Triennial report on the lunatic asylums in the province of Eastern Bengal and Assam - 1903-1911
Year: 1903
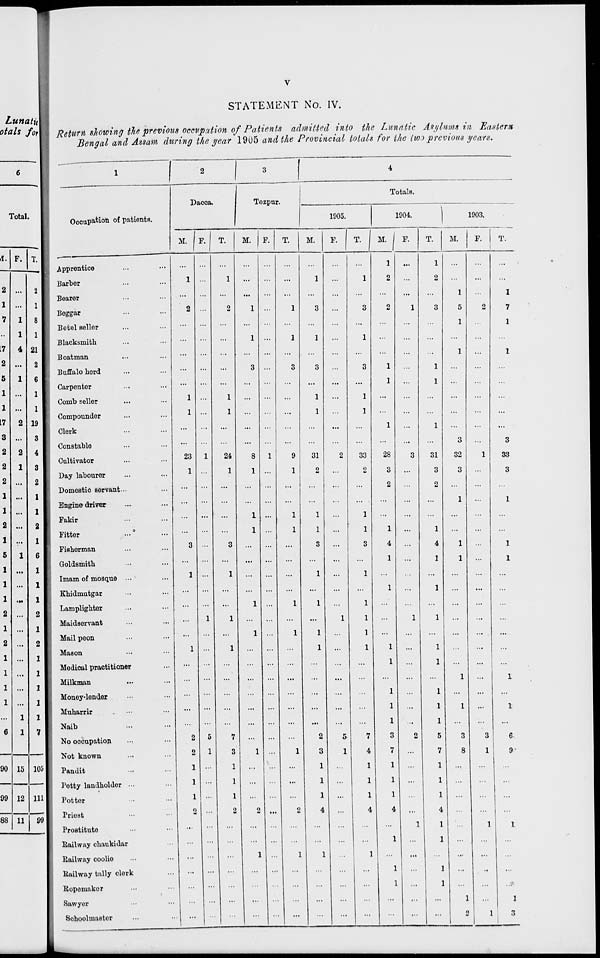
v
STATEMENT No. IV.
Return showing the previous occupation of Patients admitted into the Lunatic Asylums in Eastern
Bengal and Assam during the year 1905 and the Provincial totals for the two previous years.
1
Occupation of patients.
Apprentice ... ...
Barber ... ...
Bearer ... ...
Beggar ... ...
Betel seller ... ...
Blacksmith ... ...
Boatman ... ...
Buffalo herd ... ...
Carpenter ... ...
Comb seller ... ...
Compounder ... ...
Clerk ... ...
Constable ... ...
Cultivator ... ...
Day labourer ... ...
Domestic servant ... ...
Engine driver ... ...
Fakir ... ...
Fitter ... ...
Fisherman ... ...
Goldsmith ... ...
Imam of mosque ... ...
Khidmutgar ... ...
Lamplighter ... ...
Maidservant ... ...
Mail peon ... ...
Mason ... ...
Medical practitioner ...
Milkman ... ...
Money-lender ... ...
Muharrir ... ...
Naib ... ...
No occupation ... ...
Not known ... ...
Pandit ... ...
Petty landholder ... ...
Potter ... ...
Priest ... ...
Prostitute ... ...
Railway chaukidar ...
Railway coolie ... ...
Railway tally clerk ...
Ropemaker ... ...
Sawyer ... ...
Schoolmaster ... ...
2
Dacca.
M.
...
1
...
2
...
...
...
...
...
1
1
...
...
23
1
...
...
...
...
3
...
1
...
...
...
...
1
...
...
...
...
...
2
2
1
1
1
2
...
...
...
...
...
...
...
F.
...
...
...
...
...
...
...
...
...
...
...
...
...
1
...
...
...
...
...
...
...
...
...
...
1
...
...
...
...
...
...
...
5
1
...
...
...
...
...
...
...
...
...
...
...
T.
...
1
...
2
...
...
...
...
...
1
1
...
...
24
1
...
...
...
...
3
...
1
...
...
1
...
1
...
...
...
...
...
7
3
1
1
1
2
...
...
...
...
...
...
...
3
Tezpur.
M.
...
...
...
1
...
1
...
3
...
...
...
...
...
8
1
...
...
1
1
...
...
...
...
1
...
1
...
...
...
...
...
...
...
1
...
...
...
2
...
...
1
...
...
...
...
F.
...
...
...
...
...
...
...
...
...
...
...
...
...
1
...
...
...
...
...
...
...
...
...
...
...
...
...
...
...
...
...
...
...
...
...
...
...
...
...
...
...
...
...
...
...
T.
...
...
...
1
...
1
...
3
...
...
...
...
...
9
1
...
...
1
1
...
...
...
...
1
...
1
...
...
...
...
...
...
...
1
...
...
...
2
...
...
1
...
...
...
...
4
Totals.
1905.
M.
...
1
...
3
...
1
...
3
...
1
1
...
...
31
2
...
...
1
1
3
...
1
...
1
...
1
1
...
...
...
...
...
2
3
1
1
1
4
...
...
1
...
...
...
...
F.
...
...
...
...
...
...
...
...
...
...
...
...
...
2
...
...
...
...
...
...
...
...
...
...
1
...
...
...
...
...
...
...
5
1
...
...
...
...
...
...
...
...
...
...
...
T.
...
1
...
3
...
1
...
3
...
1
1
...
...
33
2
...
...
1
1
3
...
1
...
1
1
1
1
...
...
...
...
...
7
4
1
1
1
4
...
...
1
...
...
...
...
1904.
M.
1
2
...
2
...
...
...
1
1
...
...
1
...
28
3
2
...
...
1
4
1
...
1
...
...
...
1
1
...
1
1
1
3
7
1
1
1
4
...
1
...
1
1
...
...
F.
...
...
...
1
...
...
...
...
...
...
...
...
...
3
...
...
...
...
...
...
...
...
...
...
1
...
...
...
...
...
...
...
2
...
...
...
...
...
1
...
...
...
...
...
...
T.
1
2
...
3
...
...
...
1
1
...
...
1
...
31
3
2
...
...
1
4
1
...
1
...
1
...
1
1
...
1
1
1
5
7
1
1
1
4
1
1
...
1
1
...
...
1903.
M.
...
...
1
5
1
...
1
...
...
...
...
...
3
32
3
...
1
...
...
1
1
...
...
...
...
...
...
...
1
...
1
...
3
8
...
...
...
...
...
...
...
...
...
1
2
F.
...
...
...
2
...
...
...
...
...
...
...
...
...
1
...
...
...
...
...
...
...
...
...
...
...
...
...
...
...
...
...
...
3
1
...
...
...
...
1
...
...
...
...
...
1
T.
...
...
1
7
1
...
1
...
...
...
...
...
3
33
3
...
1
...
...
1
1
...
...
...
...
...
...
...
1
...
1
...
6
9
...
...
...
...
1
...
...
...
...
1
3